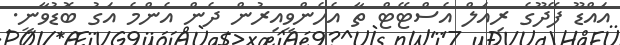
އައްޑޫ ފޭދޫގެ ރިއަލް އެސްޓޭޓް ތާ އެހެންވީއިރުން ދެން އެންމެ އަގު ބޮޑުވާނީ.